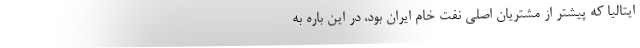
ایتالیا که پیشتر از مشتریان اصلی نفت خام ایران بود، در این باره به